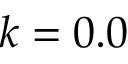
k = 0 . 0